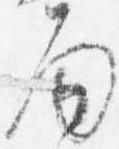
面